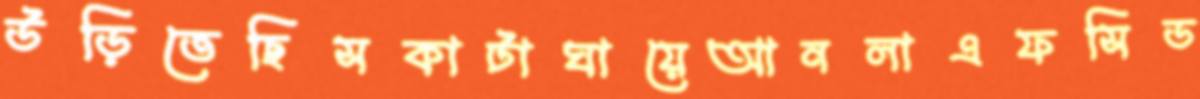
উড়িতেছিসকাটাঘায়েআনলাএফসিড